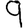
Digit: 9